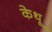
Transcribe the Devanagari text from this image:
केथू